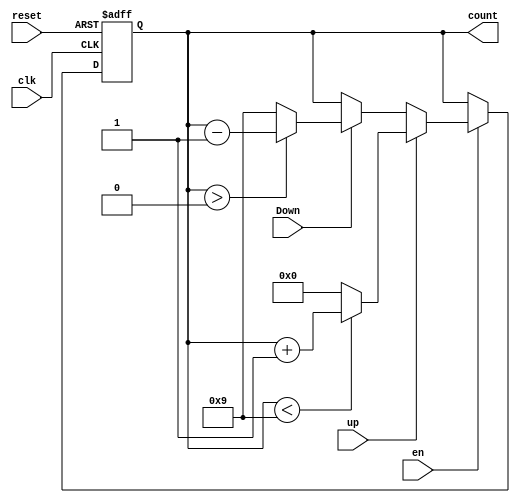
`timescale 1ns / 1ps
//////////////////////////////////////////////////////////////////////////////////

module adjust  #(parameter x=4,n=10)(en, reset, clk, Down, up ,count); //  up' / down     (increment and decrement) // change the lst coubt ??
input en,reset,up , Down,clk;
output reg [x-1:0] count;
//reg [n-1:0]countM;
always @ (posedge clk or posedge reset ) begin
if(reset)
count<=0;
else
if(en) begin
    if(up)
        if(count< n-1)
        count <=count+1;
        else
        count <= 0;
    else
        if(Down == 1 )
            if(count > 0)
            count <= count - 1;
            else
            count <= n-1;
end

end
endmodule